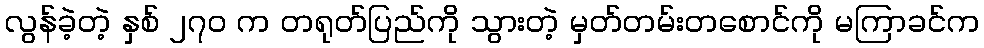
လွန်ခဲ့တဲ့ နှစ် ၂၇၀ က တရုတ်ပြည်ကို သွားတဲ့ မှတ်တမ်းတစောင်ကို မကြာခင်က